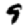
Digit: 9